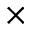
\times